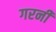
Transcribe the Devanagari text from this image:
गरनी